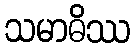
သမာဓိဿ